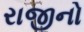
રાજીનો